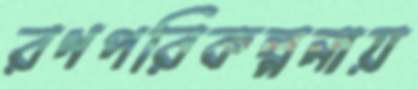
রণপরিকল্পনায়